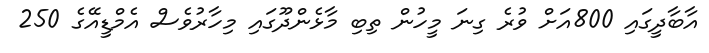
އާބާދީގައި 800އަށް ވުރެ ގިނަ މީހުން ތިބި މާޅެންދޫގައި މިހާރުވެސް އެމްޑީއޭގެ 250